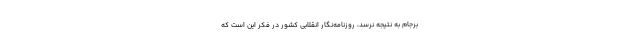
برجام به نتیجه نرسد، روزنامه‌نگار انقلابیِ کشور در فکر این است که